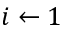
i \leftarrow 1